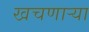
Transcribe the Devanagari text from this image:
खचणार्‍या